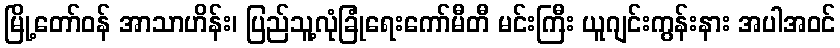
မြို့တော်ဝန် အာသာဟိန်း၊ ပြည်သူ့လုံခြုံရေးကော်မီတီ မင်းကြီး ယူဂျင်းကွန်းနား အပါအဝင်